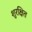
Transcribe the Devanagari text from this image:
शुरक्षित